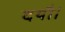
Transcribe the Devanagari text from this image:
दयौ।